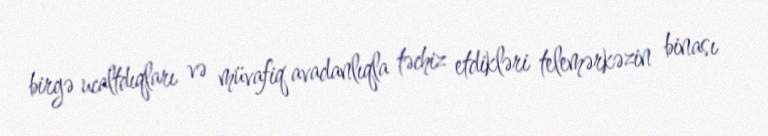
birgə ucaltdıqları və müvafiq avadanlıqla təchiz etdikləri telemərkəzin binası